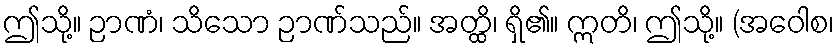
ဤသို့။ ဉာဏံ၊ သိသော ဉာဏ်သည်။ အတ္ထိ၊ ရှိ၏။ ဣတိ၊ ဤသို့။ (အဝေါစ၊